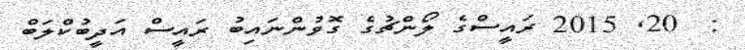
:  20